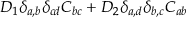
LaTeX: D _ { 1 } \delta _ { a , b } \delta _ { c d } C _ { b c } + D _ { 2 } \delta _ { a , d } \delta _ { b , c } C _ { a b }